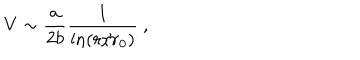
V \sim { \frac { a } { 2 b } } { \frac { 1 } { \mathrm { l n } ( r / r _ { 0 } ) } } ~ ,